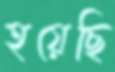
হয়েছি